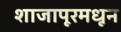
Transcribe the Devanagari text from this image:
शाजापूरमधून